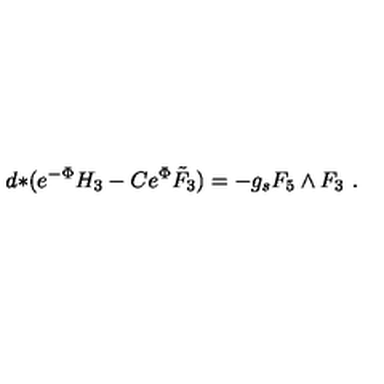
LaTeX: d { * } ( e ^ { - \Phi } H _ { 3 } - C e ^ { \Phi } \tilde { F } _ { 3 } ) = - g _ { s } F _ { 5 } \wedge F _ { 3 } \ .